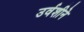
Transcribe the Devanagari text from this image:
उर्वशीने